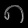
Digit: ၈